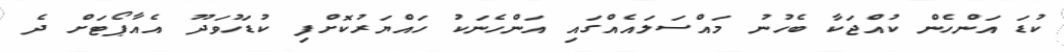
ކުޑަ އަންހެން ކުއްޖަކާ ބެހުނު މައްސަލައެއްގައި އަންހެނަކު ހައްޔަރުކޮށްފި ކުޑަހުވަދޫ އެއާޕޯޓަށް ދެ